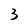
Character: 3